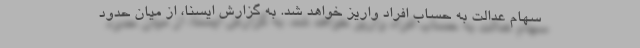
سهام عدالت به حساب افراد واریز خواهد شد. به گزارش ایسنا، از میان حدود